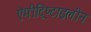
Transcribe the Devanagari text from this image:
ऐमीट्रिप्टाइलीन